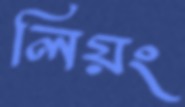
লিয়ং